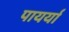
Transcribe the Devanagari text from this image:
पायर्या